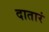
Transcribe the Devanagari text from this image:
दातारं